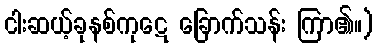
ငါးဆယ့်ခုနစ်ကုဋေ ခြောက်သန်း ကြာ၏။)